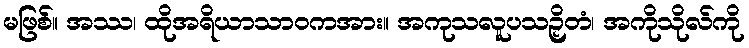
မဖြစ်။ အဿ၊ ထိုအရိယာသာဝကအား။ အကုသလူပသဉှိတံ၊ အကိုသိုလ်ကို